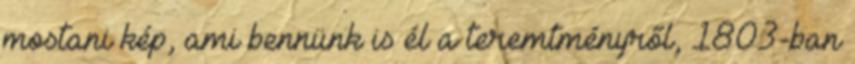
mostani kép, ami bennünk is él a teremtményről, 1803-ban